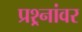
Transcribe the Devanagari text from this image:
प्रश्र्नांवर